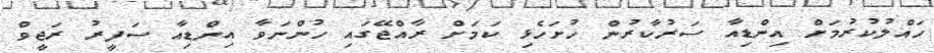
ހައްލުކުރުމަށް އިންޑިއާ ސަރުކާރުން ހުށަހެޅި ކަމަށް ރާއްޖޭގައި ހުންނަވާ އިންޑިއާ ސަފީރު ރަޖީވް